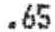
.65